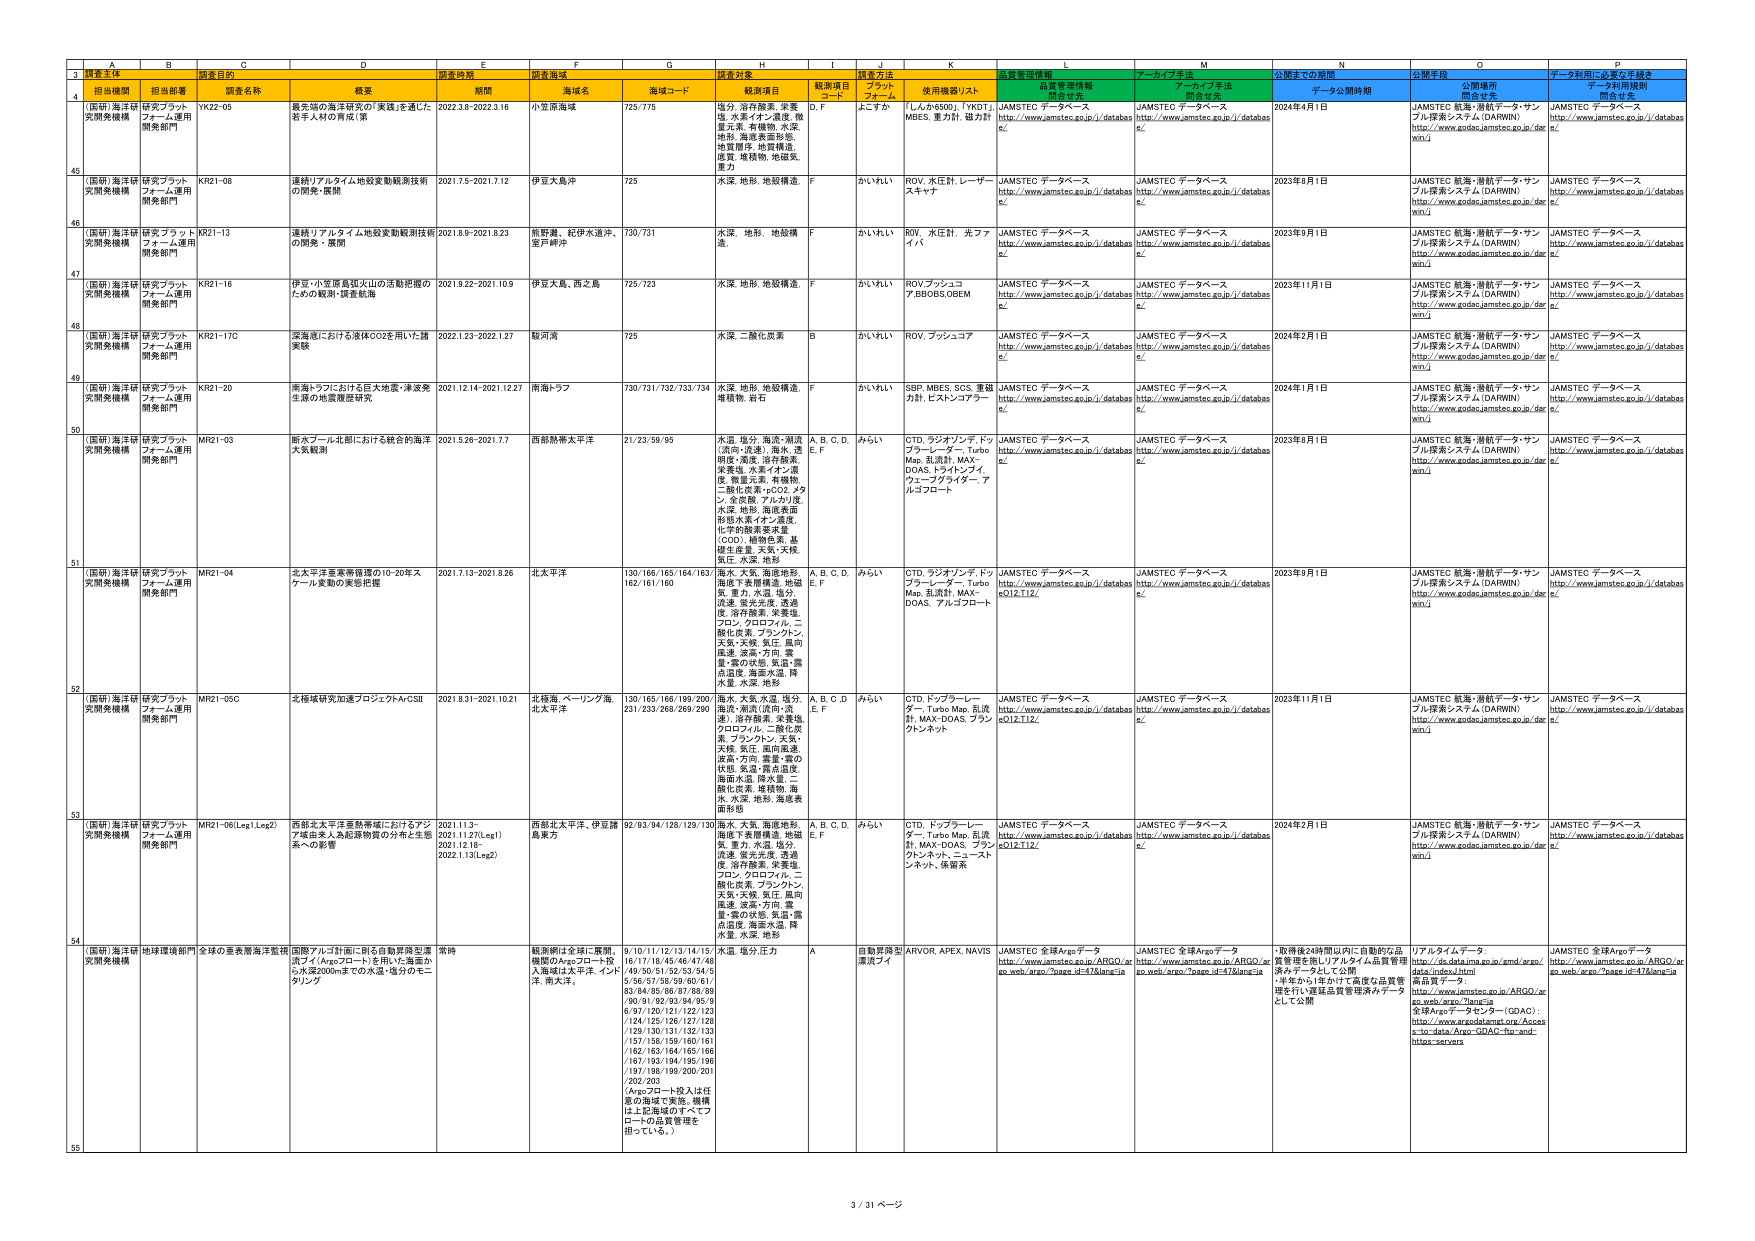
3
A B C D E F G H I J K L M N O P
調査主体 調査目的 調査時期 調査海域 調査対象 調査方法 品質管理情報 アーカイブ手法 公開までの期間 公開手段 データ利用に必要な手続き
担当機関 担当部署 調査名称 概要 期間 海域名 海域コード 観測項目 観測項目 コード プラット フォーム 使用機器リスト 情報提供 情報提供 アーカイブ手法 情報提供 データ公開期間 公開場所 情報提供 データ利用規則 情報提供
4
(国研)海洋研 究開発機構 研究プラット フォーム運用 開発部門 YK22-05 最先端の海洋研究の「実践」を進めた 若手人材の育成（第 2022.3.8-2022.3.16 小笠原海域 725/775 塩分、溶存酸素、栄養 塩、水素イオン濃度、微 重力、渦、有機物、水深、 地形、海底表面形態、 地質構造、地質構造、 摩擦、堆積物、地磁気、 重力 D, F よこすか 「しんかい500」、「YKOT」 MBES、重力計、磁力計 JAMSTEC データベース http://www.jamstec.go.jp/i/databas e/ JAMSTEC データベース http://www.jamstec.go.jp/i/databas e/ 2024年4月1日 JAMSTEC 航海・潜航データ・サン プル探索システム（DARWIN） http://www.godac.jamstec.go.jp/der win/i JAMSTEC データベース http://www.jamstec.go.jp/i/databas e/
45
(国研)海洋研 究開発機構 研究プラット フォーム運用 開発部門 KR21-08 連続リアルタイム地殻変動観測技術 の開発・展開 2021.7.5-2021.7.12 伊豆大島沖 725 水深、地形、地殻構造、 F かいれい ROV、水圧計、レーザー スキャナ JAMSTEC データベース http://www.jamstec.go.jp/i/databas e/ JAMSTEC データベース http://www.jamstec.go.jp/i/databas e/ 2023年8月1日 JAMSTEC 航海・潜航データ・サン プル探索システム（DARWIN） http://www.godac.jamstec.go.jp/der win/i JAMSTEC データベース http://www.jamstec.go.jp/i/databas e/
46
(国研)海洋研 究開発機構 研究プラット フォーム運用 開発部門 KR21-13 連続リアルタイム地殻変動観測技術 の開発・展開 2021.8.9-2021.8.23 熊野灘、紀伊水道沖、 室戸岬沖 730/731 水深、地形、地殻構 造、 F かいれい ROV、水圧計、光ファイバ JAMSTEC データベース http://www.jamstec.go.jp/i/databas e/ JAMSTEC データベース http://www.jamstec.go.jp/i/databas e/ 2023年9月1日 JAMSTEC 航海・潜航データ・サン プル探索システム（DARWIN） http://www.godac.jamstec.go.jp/der win/i JAMSTEC データベース http://www.jamstec.go.jp/i/databas e/
47
(国研)海洋研 究開発機構 研究プラット フォーム運用 開発部門 KR21-16 伊豆・小笠原島弧火山の活動把握の ための観測・探査航海 2021.9.22-2021.10.9 伊豆大島、西之島 725/723 水深、地形、地殻構造、 F かいれい ROV,ブッシュコ ア,BBOBS,OBE M JAMSTEC データベース http://www.jamstec.go.jp/i/databas e/ JAMSTEC データベース http://www.jamstec.go.jp/i/databas e/ 2023年11月1日 JAMSTEC 航海・潜航データ・サン プル探索システム（DARWIN） http://www.godac.jamstec.go.jp/der win/i JAMSTEC データベース http://www.jamstec.go.jp/i/databas e/
48
(国研)海洋研 究開発機構 研究プラット フォーム運用 開発部門 KR21-17C 深海魚における液体CO2を用いた諸 実験 2022.1.23-2022.1.27 駿河湾 725 水深、二酸化炭素 B かいれい ROV、ブッシュコア JAMSTEC データベース http://www.jamstec.go.jp/i/databas e/ JAMSTEC データベース http://www.jamstec.go.jp/i/databas e/ 2024年2月1日 JAMSTEC 航海・潜航データ・サン プル探索システム（DARWIN） http://www.godac.jamstec.go.jp/der win/i JAMSTEC データベース http://www.jamstec.go.jp/i/databas e/
49
(国研)海洋研 究開発機構 研究プラット フォーム運用 開発部門 KR21-20 南海トラフにおける巨大地震・津波発 生源の地震履歴研究 2021.12.14-2021.12.27 南海トラフ 730/731/732/733/734 水深、地形、地殻構造、 地殻構、岩石 F かいれい SBP、MBES、SCS、重磁 力計、E.A.N.アドプター JAMSTEC データベース http://www.jamstec.go.jp/i/databas e/ JAMSTEC データベース http://www.jamstec.go.jp/i/databas e/ 2024年1月1日 JAMSTEC 航海・潜航データ・サン プル探索システム（DARWIN） http://www.godac.jamstec.go.jp/der win/i JAMSTEC データベース http://www.jamstec.go.jp/i/databas e/
50
(国研)海洋研 究開発機構 研究プラット フォーム運用 開発部門 MR21-03 西太平洋北部における統合的海洋 大気観測 2021.5.26-2021.7.7 西部熱帯太平洋 21/23/58/95 水温、塩分、海流・潮流 （流向・流速）、海水、透 明度・濁度、溶存酸素、 栄養塩、水素イオン濃 度、物質元素、有機物、 二酸化炭素・CO2、メタ ン、全炭酸、アルカリ度、 水深、地形、海底表面 形態水素イオン濃度、 化学的酸素要求量 （COD）、植物性栄養、基 礎生産量、天気・天候、 風速、水深、地形 A, B, C, D, E, F みらい CTD、ラジオンデ、ドッ プラーレーダー、Turbo Map、乱流計、MAX- DOAS、ドライインディ、 ウェーブブライダー、ア ルゴプロート JAMSTEC データベース http://www.jamstec.go.jp/i/databas e/ JAMSTEC データベース http://www.jamstec.go.jp/i/databas e/ 2023年8月1日 JAMSTEC 航海・潜航データ・サン プル探索システム（DARWIN） http://www.godac.jamstec.go.jp/der win/i JAMSTEC データベース http://www.jamstec.go.jp/i/databas e/
51
(国研)海洋研 究開発機構 研究プラット フォーム運用 開発部門 MR21-04 北太平洋亜寒帯循環の10-20年ス ケール変動の実態把握 2021.7.13-2021.8.26 北太平洋 130/166/165/164/163/ 162/161/160 海水、大気、海底地形、 海面下表層構造、地磁 気、重力、水温、塩分、 流速、蛍光光度、透過 度、溶存酸素、栄養塩、 プロトゾア、クロロフィル、二 酸化炭素、プランクトン、 天気・天候、気圧、風向 風速、波高・方向、雲 量・雲の状態、気温・露 点温度、海面水温、降 水量、水深、地形 A, B, C, D, E, F みらい CTD、ラジオンデ、ドッ プラーレーダー、Turbo Map、乱流計、MAX- DOAS、アルゴプロート JAMSTEC データベース http://www.jamstec.go.jp/i/databas e/D12.T12/ JAMSTEC データベース http://www.jamstec.go.jp/i/databas e/ 2023年9月1日 JAMSTEC 航海・潜航データ・サン プル探索システム（DARWIN） http://www.godac.jamstec.go.jp/der win/i JAMSTEC データベース http://www.jamstec.go.jp/i/databas e/
52
(国研)海洋研 究開発機構 研究プラット フォーム運用 開発部門 MR21-05C 北極域研究加速プロジェクトArCSⅢ 2021.8.31-2021.10.21 北極海、ベーリング海、 北太平洋 130/165/166/199/200/ 231/233/268/269/290 海水、大気、水温、塩分、 海流・潮流（流向・流 速）、溶存酸素、栄養塩、 クロロフィル、二酸化炭 素、プランクトン、天気・ 天候、気圧、風向風速、 波高・方向、雲量・雲の 状態、気温・露点温度、 海面水温、降水量、二 酸化炭素、堆積物、海 水、水深、地形、海底表 面形態 A, B, C, D, E, F みらい CTD、ドップラーレー ダー、Turbo Map、乱流 計、MAX-DOAS、プラン クトンネット JAMSTEC データベース http://www.jamstec.go.jp/i/databas e/D12.T12/ JAMSTEC データベース http://www.jamstec.go.jp/i/databas e/ 2023年11月1日 JAMSTEC 航海・潜航データ・サン プル探索システム（DARWIN） http://www.godac.jamstec.go.jp/der win/i JAMSTEC データベース http://www.jamstec.go.jp/i/databas e/
53
(国研)海洋研 究開発機構 研究プラット フォーム運用 開発部門 MR21-06(Leg1,Leg2) 西部北太平洋温熱帯域におけるアン ア域由来人為起源物質の分布と生態 系への影響 2021.11.3- 2021.11.27(Leg1) 2021.12.18- 2022.1.13(Leg2) 西部北太平洋、伊豆諸 島東方 92/93/94/128/129/130 海水、大気、海底地形、 海面下表層構造、地磁 気、重力、水温、塩分、 流速、蛍光光度、透過 度、溶存酸素、栄養塩、 プロトゾア、クロロフィル、二 酸化炭素、プランクトン、 天気・天候、気圧、風向 風速、波高・方向、雲 量・雲の状態、気温・露 点温度、海面水温、降 水量、水深、地形 A, B, C, D, E, F みらい CTD、ドップラーレー ダー、Turbo Map、乱流 計、MAX-DOAS、プラン クトンネット、ミニースト レネット、係留系 JAMSTEC データベース http://www.jamstec.go.jp/i/databas e/D12.T12/ JAMSTEC データベース http://www.jamstec.go.jp/i/databas e/ 2024年2月1日 JAMSTEC 航海・潜航データ・サン プル探索システム（DARWIN） http://www.godac.jamstec.go.jp/der win/i JAMSTEC データベース http://www.jamstec.go.jp/i/databas e/
54
(国研)海洋研 究開発機構 地球環境部門 全球の亜表層海洋観測 国際アルゴ計画に則る自動昇降型漂 流ブイ（Argoプロート）を用いた海面か ら水深2000mまでの水温・塩分のモニ タリング 常時 輸送網は全球に展開。 機関のArgoプロート投 入海域は太平洋、インド 洋、南大洋。 9/10/11/12/13/14/15/ 16/17/18/45/46/47/48 /49/50/51/52/53/54/5 5/56/57/58/59/60/61/ 63/64/65/66/67/68/69 /90/91/92/93/94/95/9 6/97/120/121/122/123 /124/125/126/127/128 /129/130/131/132/133 /137/158/159/160/161 /162/163/164/165/166 /167/193/194/195/196 /197/198/199/200/201 /202/203 （Argoプロート投入は任 意の海域で実施。機構 は上記海域のすべてプ ロートの品質管理を 担っている。） 水温、塩分压力 A 自動昇降型 漂流ブイ AROV, APEX, NAVIS JAMSTEC 全球Argoデータ http://www.jamstec.go.jp/ARGO/ar go.web/argo?page_id=47&lang=ja JAMSTEC 全球Argoデータ http://www.jamstec.go.jp/ARGO/ar go.web/argo?page_id=47&lang=ja ・取得後24時間以内に自動的な品 質管理を施しリアルタイム品質管理 系みデータとして公開 ・半年から1年かけて高度な品質管 理を行い選延品質管理済みデータ として公開 リアルタイムデータ： http://ds.data.jma.go.jp/gmd/argo/ data/index.html 商品質データ： http://www.jamstec.go.jp/ARGO/ar go.web/argo?lang=ja 全球Argoデータセンター（GDAC）： http://www.argodatamgt.org/Acces s-to-data/Argo-GDAC-ftp-and- https-servers JAMSTEC 全球Argoデータ http://www.jamstec.go.jp/ARGO/ar go.web/argo?page_id=47&lang=ja
55
3 / 31 ページ